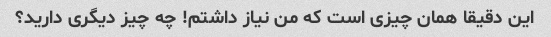
این دقیقا همان چیزی است که من نیاز داشتم! چه چیز دیگری دارید؟